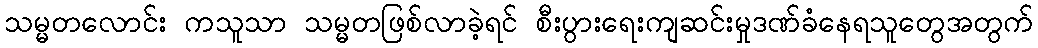
သမ္မတလောင်း ကသူသာ သမ္မတဖြစ်လာခဲ့ရင် စီးပွားရေးကျဆင်းမှုဒဏ်ခံနေရသူတွေအတွက်